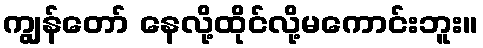
ကျွန်တော် နေလို့ထိုင်လို့မကောင်းဘူး။